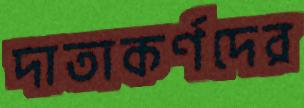
দাতাকর্ণদের